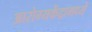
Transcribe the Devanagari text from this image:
आरोग्यकेंद्रामध्ये